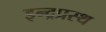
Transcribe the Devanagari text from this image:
इन्‍द्रप्रस्‍थ